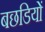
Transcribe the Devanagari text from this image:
बछडियों